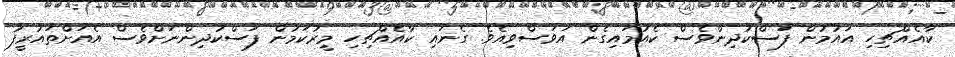
ކާއެއްޗިހި އައުމުން ފަަސްކުދިންވެސް ކެއުމައިގެން އަވަސްވިއެވެ. ގެނައި ކާއެއްޗިހި މީރުކަމުން ފަސްކުދިންނަށްވެސް އެއަށްތައުރީފު